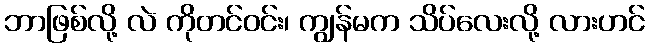
ဘာဖြစ်လို့ လဲ ကိုတင်ဝင်း၊ ကျွန်မက သိပ်လေးလို့ လားဟင်